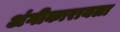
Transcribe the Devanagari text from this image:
अंगीकारायला